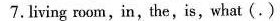
7.living room,in,the,is, what (.)